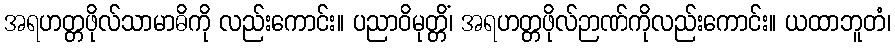
အရဟတ္တဖိုလ်သာမာဓိကို လည်းကောင်း။ ပညာဝိမုတ္တိံ၊ အရဟတ္တဖိုလ်ဉာဏ်ကိုလည်းကောင်း။ ယထာဘူတံ၊